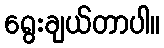
ရွေးချယ်တာပါ။